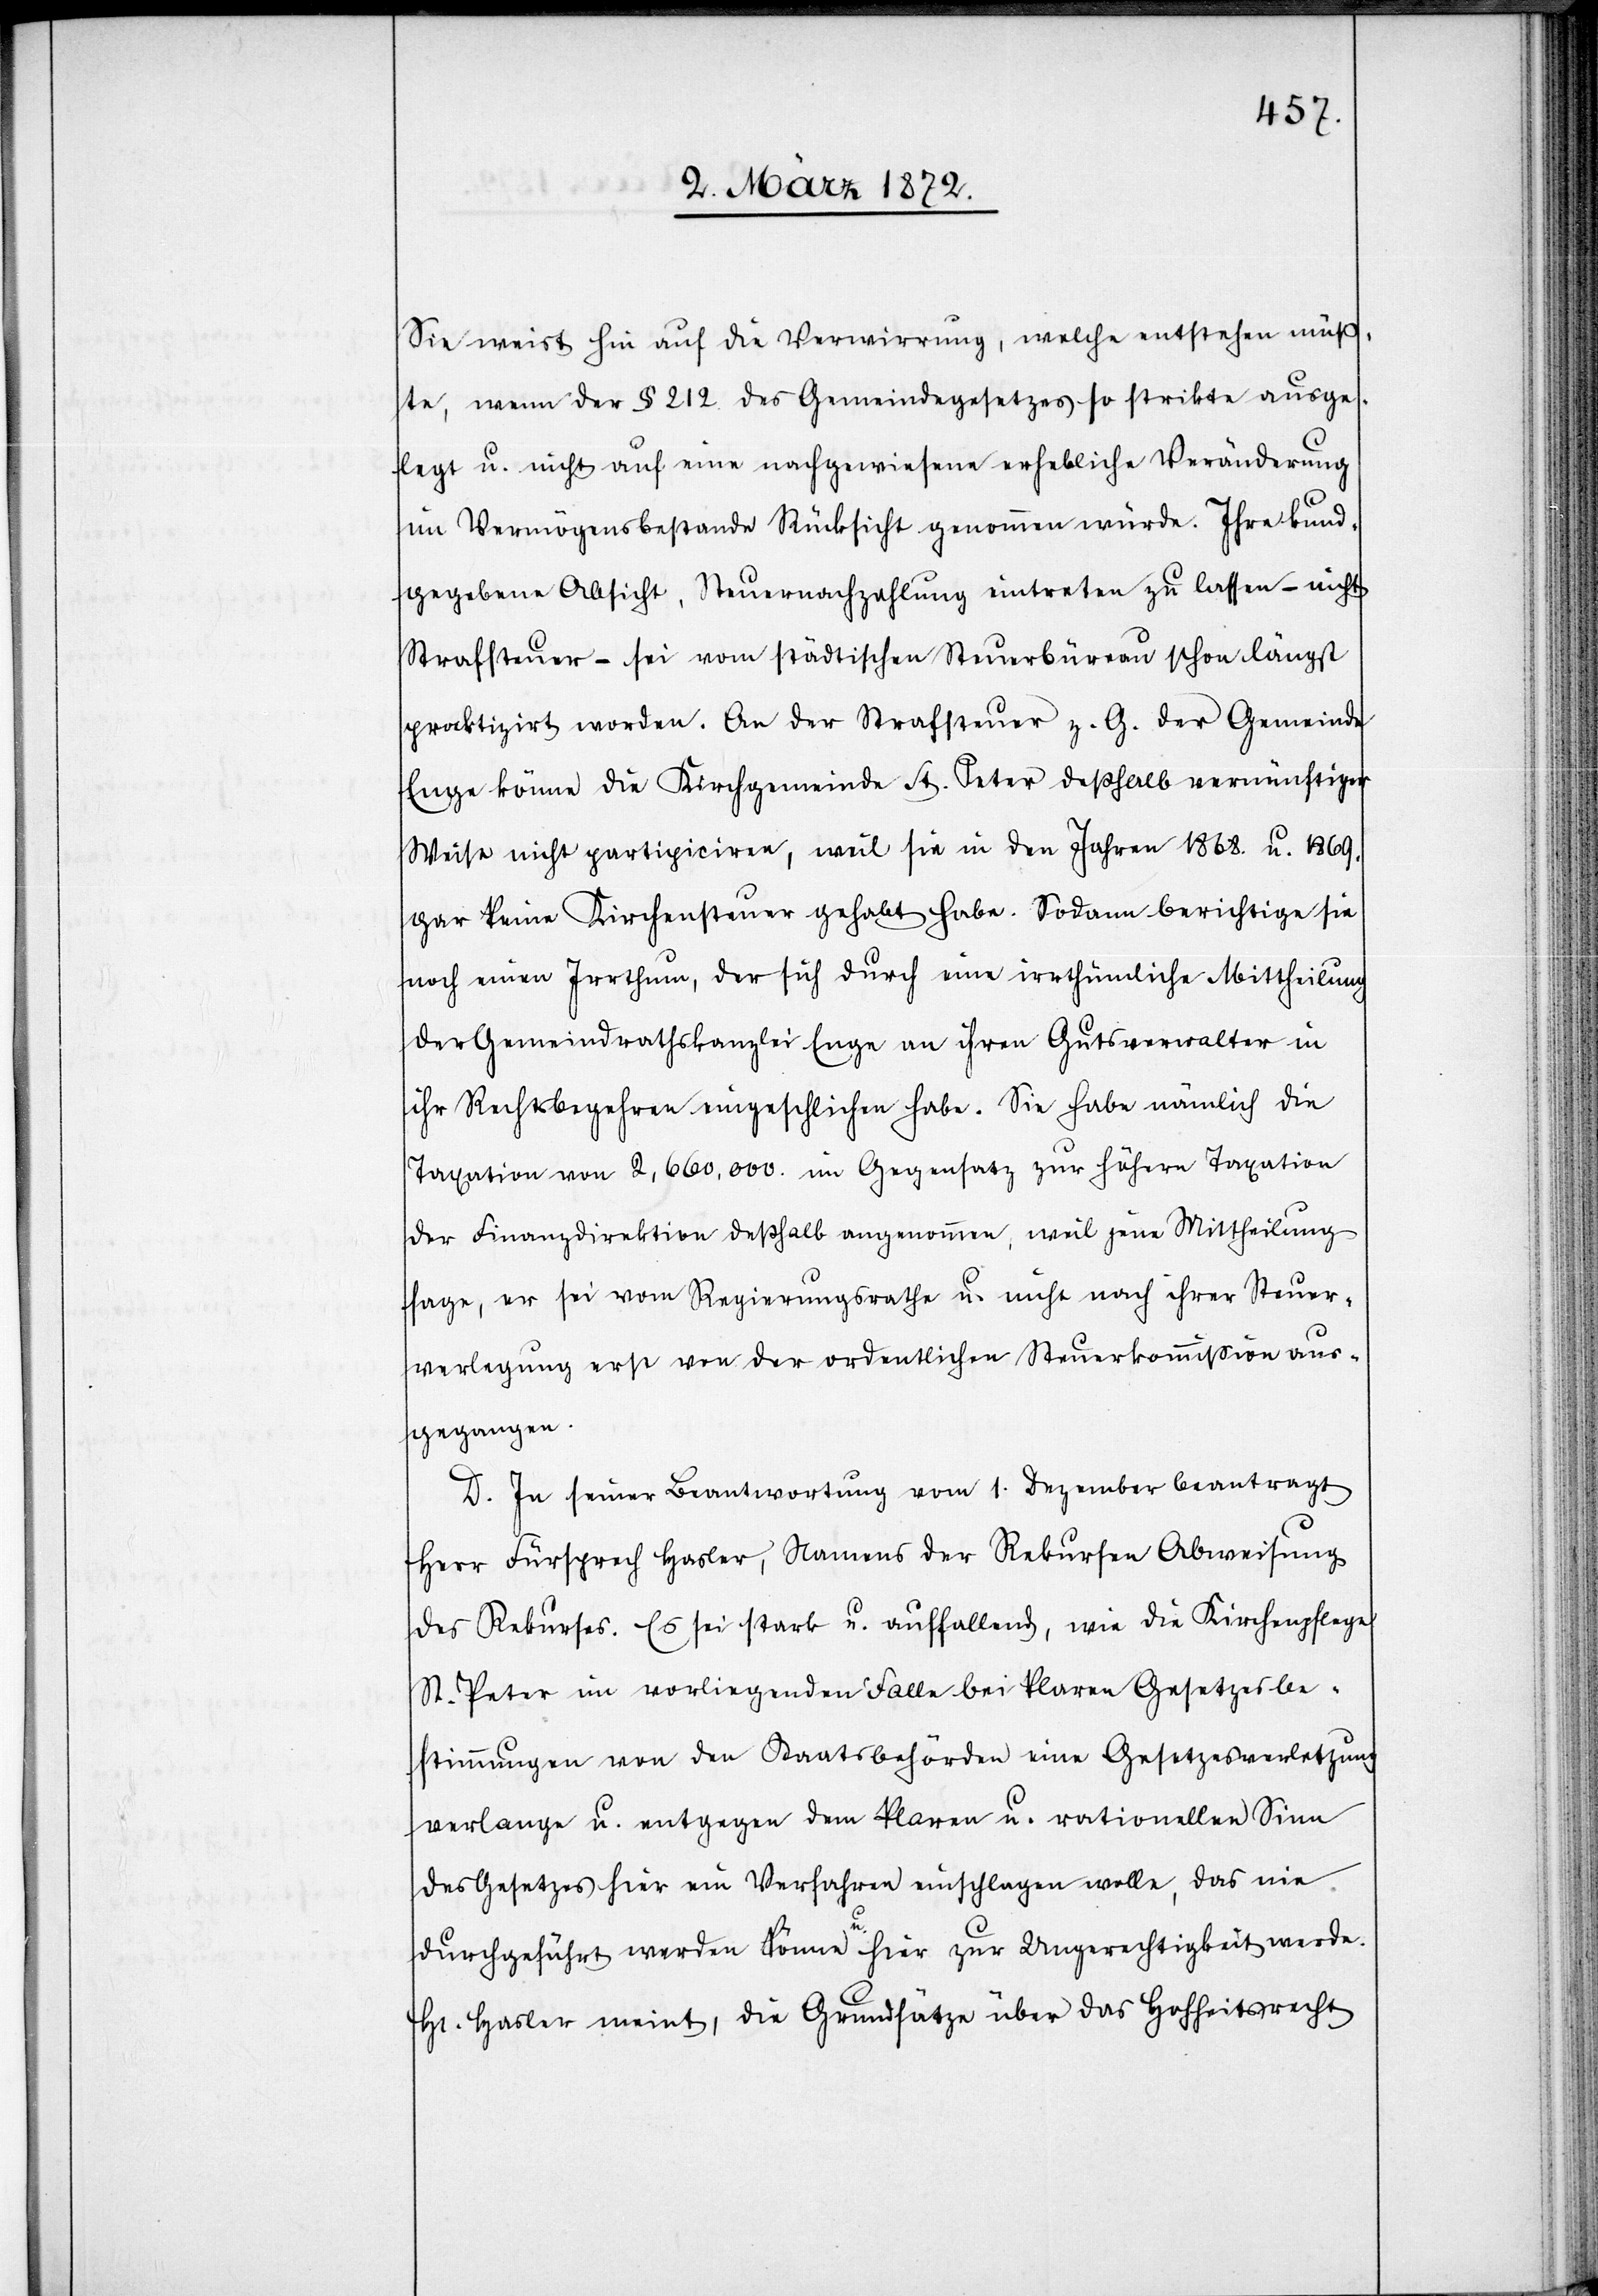
weist hin auf die Verwirrung, welche entstehen müß¬
te, wenn der § 212 des Gemeindegesetzes so strikte ausge¬
legt u. nicht auf eine nachgewiesene erhebliche Veränderung
im Vermögensbestande Rücksicht genommen würde. Ihre kund¬
gegebene Absicht, Steuernachzahlung eintreten zu lassen – nicht
Strafsteuer – sei vom städtischen Steuerbüreau schon längst
praktizirt worden. An der Strafsteuer z. G. der Gemeinde
Enge könne die Kirchgemeinde St. Peter deßhalb vernünftiger
Weise nicht partipiciren, weil sie in den Jahren 1868. u. 1869.
gar keine Kirchensteuer gehabt habe. Sodann berichtige sie
noch einen Irrthum, der sich durch eine irrthümliche Mittheilung
der Gemeindrathskanzlei Enge an ihren Gutsverwalter in
ihr Rechtsbegehren eingeschlichen habe. Sie habe nämlich die
Taxation von 2,660,000. im Gegensatz zur höhern Taxation
der Finanzdirektion deßhalb angenommen, weil jene Mittheilung
sage, er sei vom Regierungsrathe u. nicht nach ihrer Steuer¬
verlegung erst von der ordentlichen Steuerkommission aus¬
gegangen.
D. In seiner Beantwortung vom 1. Dezember beantragt
Herr Fürsprech Hasler, Namens der Rekursen Abweisung
des Rekurses. Es sei stark u. auffallend, wie die Kirchenpflege
St. Peter im vorliegenden Falle bei klaren Gesetzesbe¬
stimmungen von den Staatsbehörden eine Gesetzesverletzung
verlangen u. entgegen dem klaren u. rationellen Sinn
des Gesetzes hier ein Verfahren einschlagen wolle, das nie
durchgeführt werden könne u. hier zur Ungerechtigkeit werde.
Hr. Hasler meint, die Grundsätze über das Hohheitsrecht